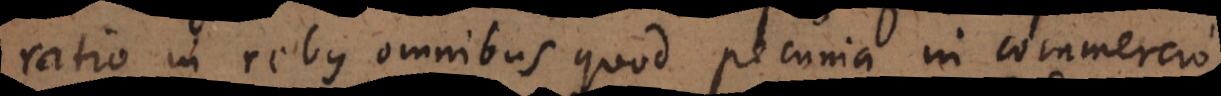
ratio in rebus omnibus quod pecunia in commercio,